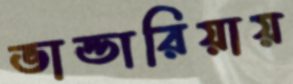
ভান্ডারিয়ায়